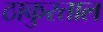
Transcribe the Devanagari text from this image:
ठाकुरताल